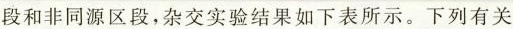
段，杂交实验结果如下表所示。下列有关